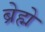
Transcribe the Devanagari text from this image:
ब्रेह्मे